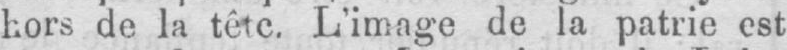
hors de la tête. L’image de la patrie est